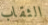
الثقاب